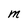
Character: M